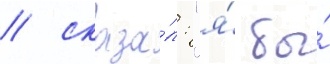
/ сказа́л: "я́ бы́